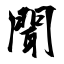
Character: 聞